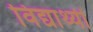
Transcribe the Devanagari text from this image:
विद्यार्थ्यी